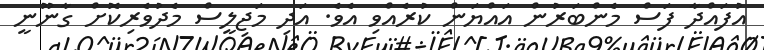
އުފައްދާ ފަސް މެންބަރުން އައްޔަން ކުރެއްވި އެވެ. އަދި މަޖިލީސް މެދުވެރިކޮށް ގާނޫނީ